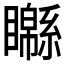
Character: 𥌣